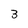
Character: 3